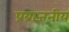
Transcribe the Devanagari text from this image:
प्रब्राजनीय